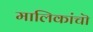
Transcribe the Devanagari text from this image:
मालिकांचॊ